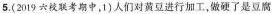
5.(2019六校联考期中，1}人们对黄豆进行加工，做硬了是豆腐